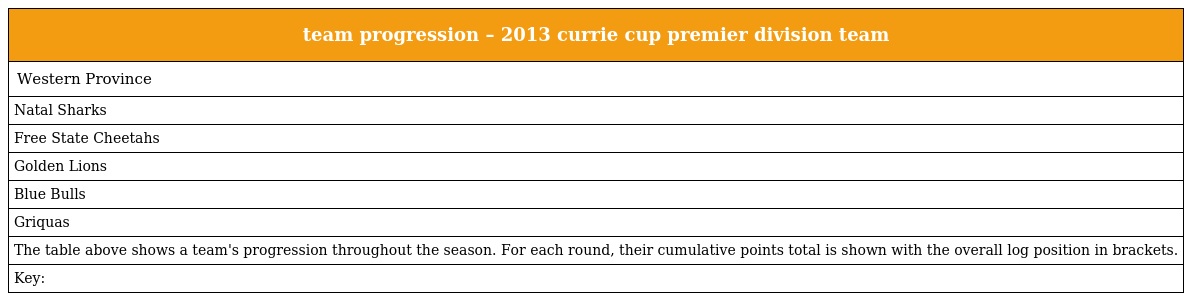
| team progression – 2013 currie cup premier division team |
 | --- |
 | Western Province |
 | Natal Sharks |
 | Free State Cheetahs |
 | Golden Lions |
 | Blue Bulls |
 | Griquas |
 | The table above shows a team's progression throughout the season. For each round, their cumulative points total is shown with the overall log position in brackets. |
 | Key: |